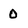
Character: 0